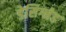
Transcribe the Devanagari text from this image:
डेसिग्नेड